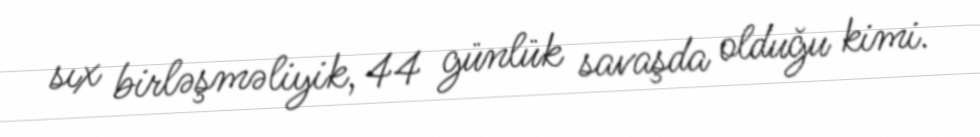
sıx birləşməliyik, 44 günlük savaşda olduğu kimi.